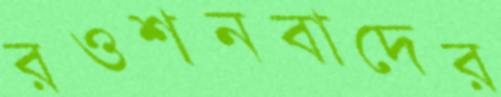
রওশনবাদের